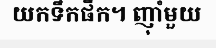
យកទឹកផឹក។ ញុាំមួយ